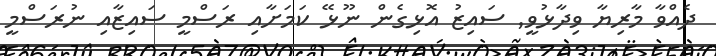
ދެއްވާ މާރިޔާ ވިދާޅުވީ